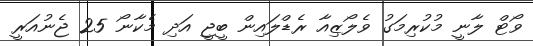
ވޯޓް ލާނީ މުކުރިމަގު ވެލޯޒިއާ ރެޑްލައިން ބީޖީ އަދި މެކާނޯ 25 ޖެނުއަރީ